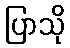
ပြာသို